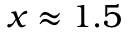
x \approx 1 . 5